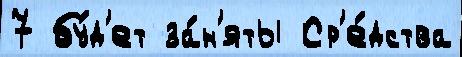
7 бу́д'ет за́н'яты Ср'е́дства